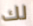
لك